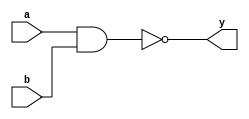
module sn74ls26(y, a, b);
input a, b;
output y;
parameter
	// TI TTL data book Vol 1, 1985
	tPLH_min=0, tPLH_typ=16, tPLH_max=24,
	tPHL_min=0, tPHL_typ=11, tPHL_max=17;

	nand #(tPLH_min : tPLH_typ : tPLH_max,
	  tPHL_min : tPHL_typ : tPHL_max)
	(y, a, b);

endmodule